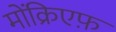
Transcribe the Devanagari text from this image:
मोंक्रिएफ़